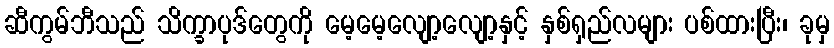
ဆီကွမ်ဘီသည် သိက္ခာပုဒ်တွေကို မေ့မေ့လျော့လျော့နှင့် နှစ်ရှည်လများ ပစ်ထားပြီး၊ ခုမှ